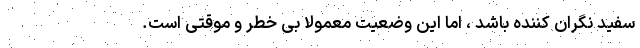
سفید نگران کننده باشد ، اما این وضعیت معمولاً بی خطر و موقتی است.